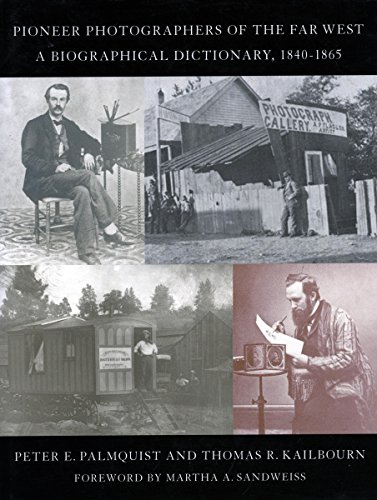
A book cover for Pioneer Photographers of the Far West: A Biographical Dictionary, 1840-1865; Peter Palmquist; Biographies & Memoirs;